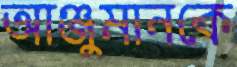
আঞ্জুমানকে